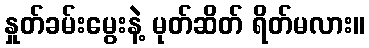
နှုတ်ခမ်းမွေးနဲ့ မုတ်ဆိတ် ရိတ်မလား။